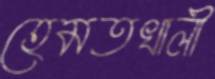
হেমতখালী